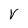
Character: V